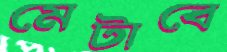
মেটাবে